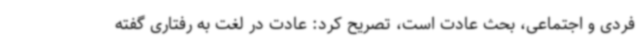
فردی و اجتماعی، بحث عادت است، تصریح کرد: عادت در لغت به رفتاری گفته